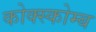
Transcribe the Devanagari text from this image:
कोक्स्कोम्ब